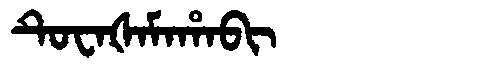
Manchu: ᡨᡠᠸᠠᡧᠠᠮᠠᡥᠠᠪᡳ
Romanization: TUWAŠAMAHABI